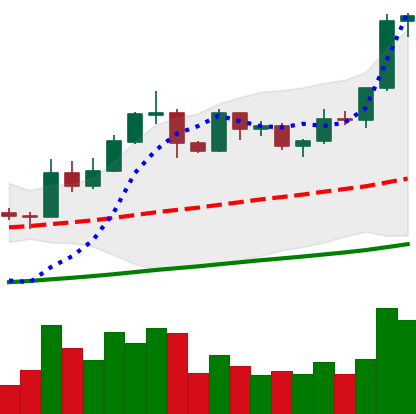
Ticker: EOS-USD
Chart end date: 2019-05-28
Forward return: -3.45%
Label: down_3_5